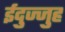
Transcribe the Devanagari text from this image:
ईदुज्जुह